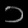
Digit: ၁